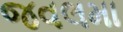
જવલમા